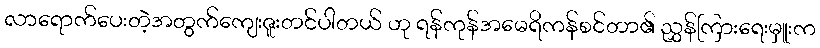
လာရောက်ပေးတဲ့အတွက်ကျေးဇူးတင်ပါတယ် ဟု ရန်ကုန်အမေရိကန်စင်တာ၏ ညွှန်ကြားရေးမှူးက